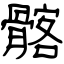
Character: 髂